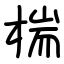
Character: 椯